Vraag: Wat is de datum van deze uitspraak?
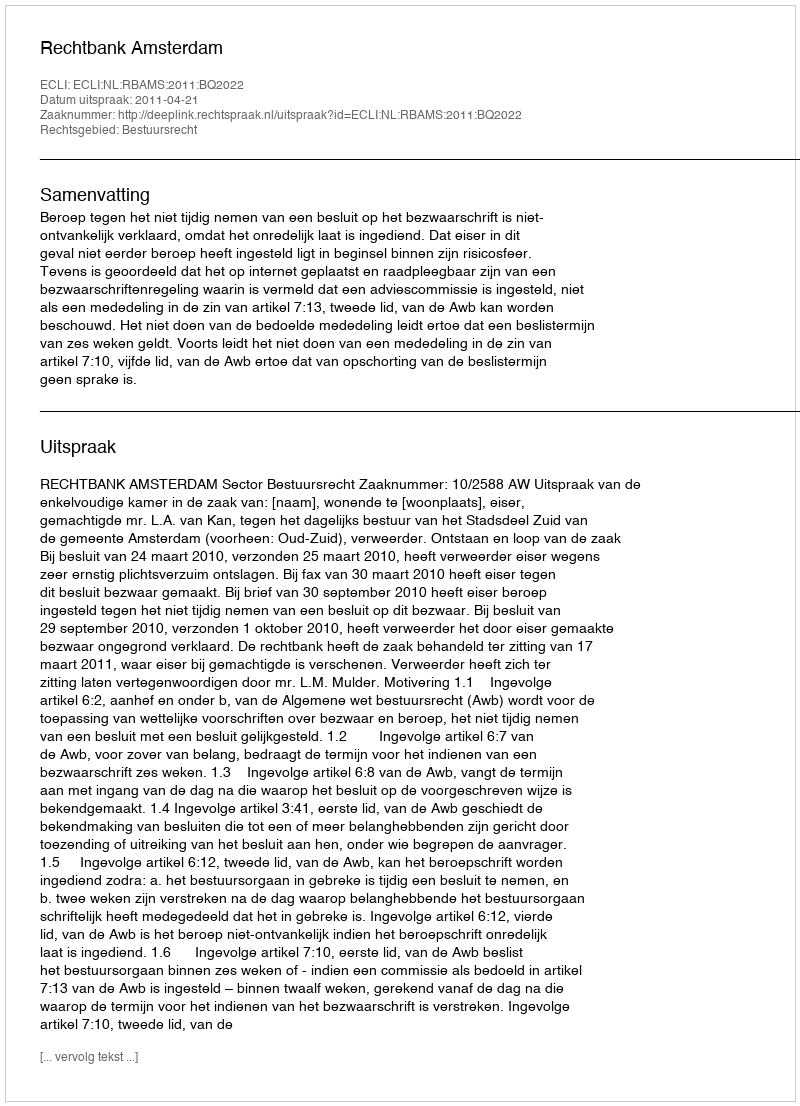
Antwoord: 2011-04-21